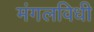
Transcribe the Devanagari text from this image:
मंगलविधी